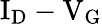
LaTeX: \mathrm{I_{D}-V_{G}}